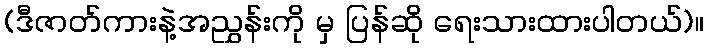
(ဒီဇာတ်ကားနဲ့အညွှန်းကို မှ ပြန်ဆို ရေးသားထားပါတယ်)။